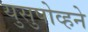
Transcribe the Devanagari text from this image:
युसुपोव्हने